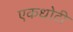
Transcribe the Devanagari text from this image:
एकधोटी